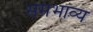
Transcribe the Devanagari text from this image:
समभाव्य